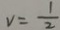
v = \frac { 1 } { 2 }